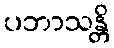
ပဘာသန္တိ